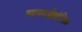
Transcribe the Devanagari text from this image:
स्वरुपऔद्योगिक